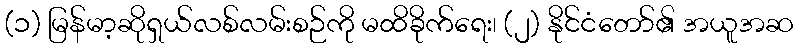
(၁) မြန်မာ့ဆိုရှယ်လစ်လမ်းစဉ်ကို မထိခိုက်ရေး၊ (၂) နိုင်ငံတော်၏ အယူအဆ